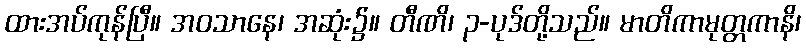
ထားအပ်ကုန်ပြီ။ အဝသာနေ၊ အဆုံး၌။ တီဏိ၊ ၃-ပုဒ်တို့သည်။ မာတိကာမုတ္တကာနိ၊